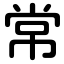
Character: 常